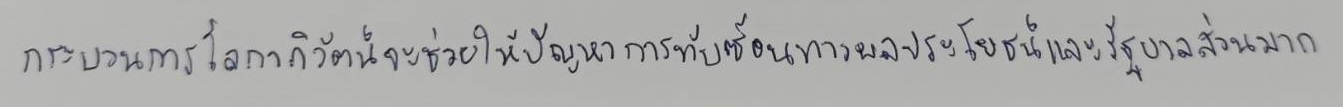
กระบวนการโลกาภิวัตน์จะช่วยให้ปัญหาการทับซ้อนทางผลประโยชน์และรัฐบาลส่วนมาก